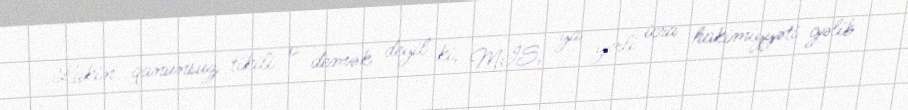
Lakin qanunsuz tikili o demək deyil ki, MİS, ya yerli icra hakimiyyəti gəlib